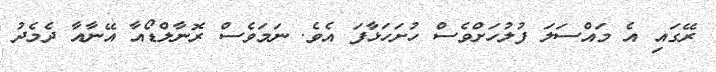
ރޭގައި އެ މައްސަލަ ފުލުހަށްވެސް ހުށަހަޅާފަ އެވެ. ނަމަވެސް ރޮނާލްޑޯއާ އޭނާއާ ދެމެދު